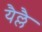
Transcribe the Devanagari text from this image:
यैल्लै